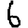
Digit: 6